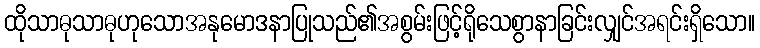
ထိုသာဓုသာဓုဟုသောအနုမောဒနာပြုသည်၏အစွမ်းဖြင့်ရိုသေစွာနာခြင်းလျှင်အရင်းရှိသော။